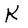
Character: K